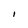
Character: I